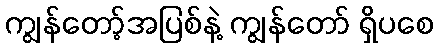
ကျွန်တော့်အပြစ်နဲ့ ကျွန်တော် ရှိပစေ